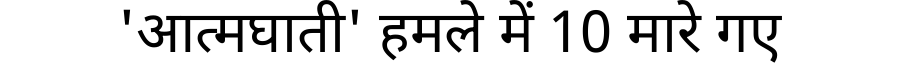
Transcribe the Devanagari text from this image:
'आत्मघाती' हमले में 10 मारे गए